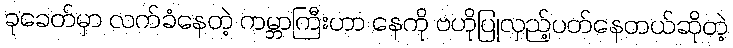
ခုခေတ်မှာ လက်ခံနေတဲ့ ကမ္ဘာကြီးဟာ နေကို ဗဟိုပြုလှည့်ပတ်နေတယ်ဆိုတဲ့